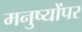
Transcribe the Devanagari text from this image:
मनुष्योंपर